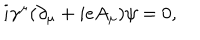
LaTeX: i { \gamma } ^ { \mu } ( { \partial } _ { \mu } + i e A _ { \mu } ) { \psi } = 0 ,